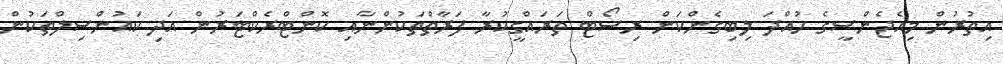
އިތުރުން މިއެޖެންސީގެ ހުއްދަ ލިބިގެންކަން ރިސޯޓް ތަރައްގީކުރާ ފަރާތްތަކުންނާއި ކޮންޓްރެކްޓަރުން އަދި ކައުންސިލްތަކުން